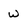
Character: W